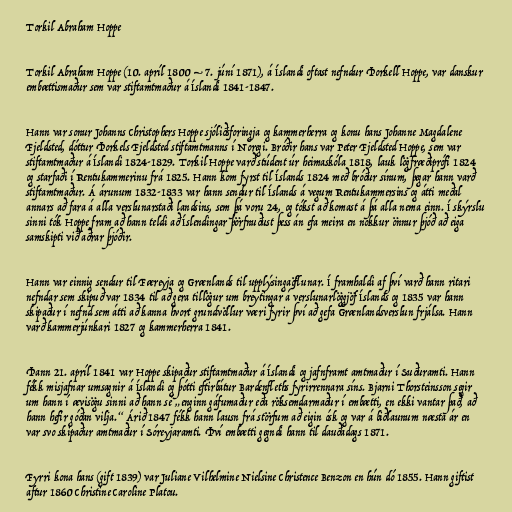
Torkil Abraham Hoppe

Torkil Abraham Hoppe (10. apríl 1800 – 7. júní 1871), á Íslandi oftast nefndur Þorkell Hoppe, var danskur
embættismaður sem var stiftamtmaður á Íslandi 1841-1847.

Hann var sonur Johanns Christophers Hoppe sjóliðsforingja og kammerherra og konu hans Johanne Magdalene
Fjeldsted, dóttur Þorkels Fjeldsted stiftamtmanns í Noregi. Bróðir hans var Peter Fjeldsted Hoppe, sem var
stiftamtmaður á Íslandi 1824-1829. Torkil Hoppe varð stúdent úr heimaskóla 1818, lauk lögfræðiprófi 1824
og starfaði í Rentukammerinu frá 1825. Hann kom fyrst til Íslands 1824 með bróður sínum, þegar hann varð
stiftamtmaður. Á árunum 1832-1833 var hann sendur til Íslands á vegum Rentukammersins og átti meðal
annars að fara á alla verslunarstaði landsins, sem þá voru 24, og tókst að komast á þá alla nema einn. Í skýrslu
sinni tók Hoppe fram að hann teldi að Íslendingar þörfnuðust þess án efa meira en nokkur önnur þjóð að eiga
samskipti við aðrar þjóðir.

Hann var einnig sendur til Færeyja og Grænlands til upplýsingaöflunar. Í framhaldi af því varð hann ritari
nefndar sem skipuð var 1834 til að gera tillögur um breytingar á verslunarlöggjöf Íslands og 1835 var hann
skipaður í nefnd sem átti að kanna hvort grundvöllur væri fyrir því að gefa Grænlandsverslun frjálsa. Hann
varð kammerjúnkari 1827 og kammerherra 1841.

Þann 21. apríl 1841 var Hoppe skipaður stiftamtmaður á Íslandi og jafnframt amtmaður í Suðuramti. Hann
fékk misjafnar umsagnir á Íslandi og þótti eftirbátur Bardenfleths fyrirrennara síns. Bjarni Thorsteinsson segir
um hann í ævisögu sinni að hann sé „enginn gáfumaður eða röksemdarmaður í embætti, en ekki vantar það, að
hann hefir góðan vilja.“ Árið 1847 fékk hann lausn frá störfum að eigin ósk og var á biðlaunum næsta ár en
var svo skipaður amtmaður í Sóreyjaramti. Því embætti gegndi hann til dauðadags 1871.

Fyrri kona hans (gift 1839) var Juliane Vilhelmine Nielsine Christence Benzon en hún dó 1855. Hann giftist
aftur 1860 Christine Caroline Platou.